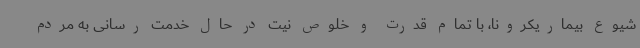
شیوع بیماریکرونا، با تمام قدرت و خلوص نیت در حال خدمت رسانی به مردم